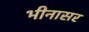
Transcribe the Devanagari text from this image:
भीनासर